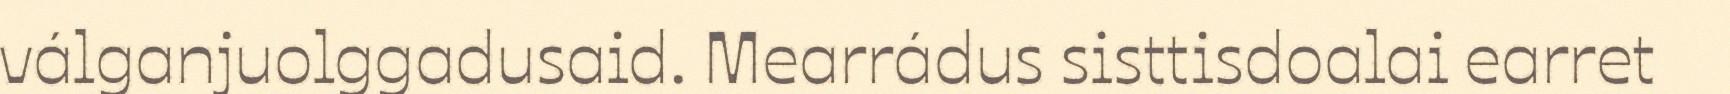
válganjuolggadusaid. Mearrádus sisttisdoalai earret